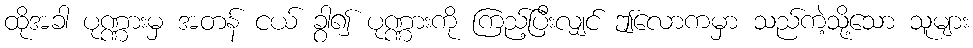
ထိုအခါ ပုဏ္ဏားမှ အတန် ငယ် ခွာ၍ ပုဏ္ဏားကို ကြည့်ပြီးလျှင် ဤလောကမှာ သည်ကဲ့သို့သော သူများ